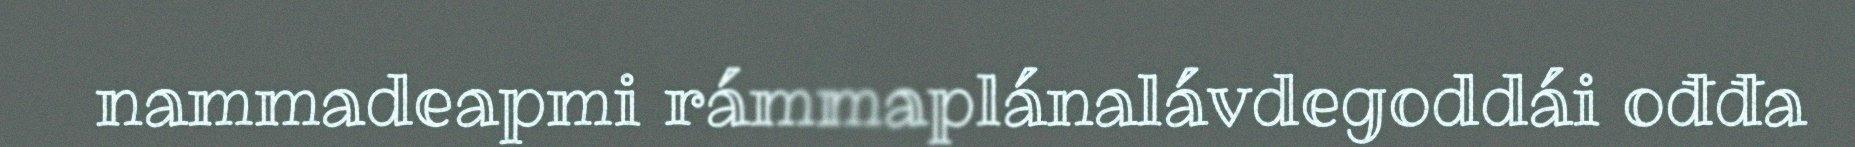
nammadeapmi rámmaplánalávdegoddái ođđa